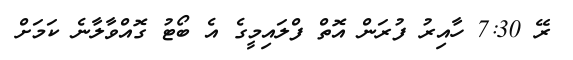
ރޭ 7:30 ހާއިރު ފުރަން އޮތް ފްލައިމީގެ އެ ބޯޓު ގޮއްވާލާނެ ކަމަށް